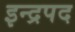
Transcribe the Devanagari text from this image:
इन्द्रपद